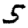
Digit: 5